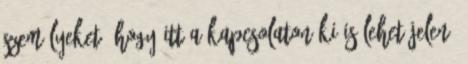
személyeket, hogy itt a Kapcsolaton ki is lehet jelen.